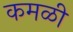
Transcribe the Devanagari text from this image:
कमळी